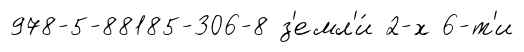
978-5-88185-306-8 з'емл'и́ 2-х 6-т'и